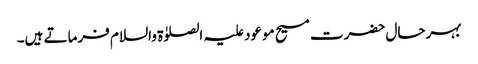
بہرحال حضرت مسیح موعود علیہ الصلوٰۃ والسلام فرماتے ہیں۔